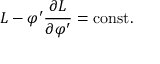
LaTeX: L - \varphi ^ { \prime } { \frac { \partial L } { \partial \varphi ^ { \prime } } } = { \mathrm { c o n s t . } }